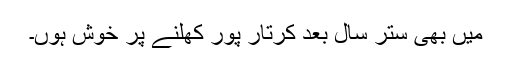
میں بھی ستر سال بعد کرتار پور کھلنے پر خوش ہوں۔